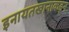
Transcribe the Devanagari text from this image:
इनायतखानाकडून